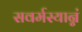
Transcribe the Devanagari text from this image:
सवर्मस्यान्नं